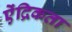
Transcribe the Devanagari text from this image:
ऐंद्रिकता